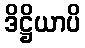
ဒိဋ္ဌိယာပိ